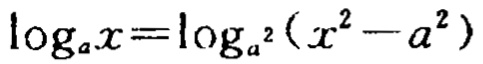
\(\log_{a}x = \log_{a^{2}}(x^{2}-a^{2})\)